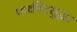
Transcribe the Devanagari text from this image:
पाकीटसुद्धा